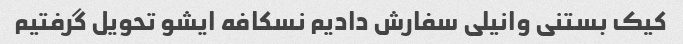
کیک بستنی وانیلی سفارش دادیم نسکافه ایشو تحویل گرفتیم